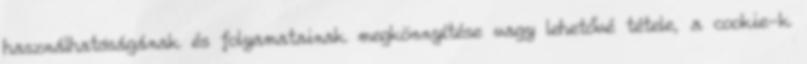
használhatóságának és folyamatainak megkönnyítése vagy lehetővé tétele, a cookie-k